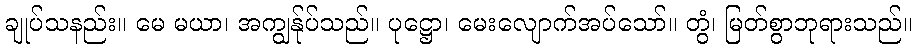
ချုပ်သနည်း။ မေ မယာ၊ အကျွန်ုပ်သည်။ ပုဋ္ဌော၊ မေးလျောက်အပ်သော်။ တွံ၊ မြတ်စွာဘုရားသည်။